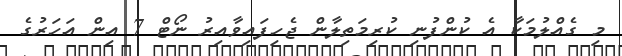
މި ގެއްލުމަކާ އެ ކުންފުނި ކުރިމަތިލާން ޖެހިފައިވާއިރު ނޯޓް 7 އިން އަހަރުގެ